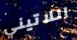
اللاتيني